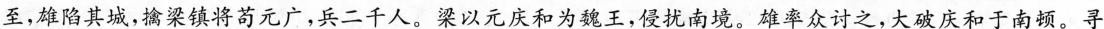
至，雄陷其城，擒梁镇将苟元广，兵二千人。梁以元庆和为魏王，侵扰南境。雄率众讨之，大破庆和于南顿。寻